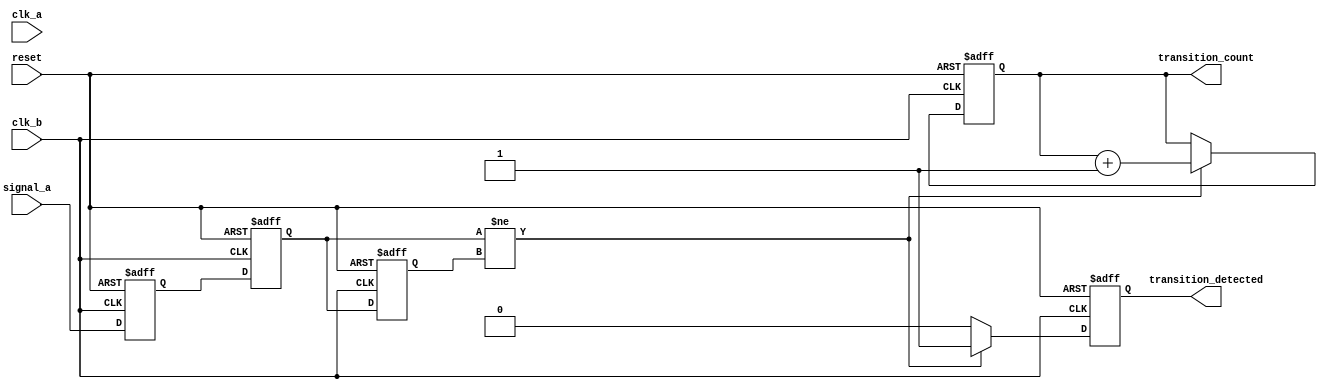
module cdc_detector (
    input wire signal_a,        // Signal from clock domain A
    input wire clk_a,          // Clock signal for domain A
    input wire clk_b,          // Clock signal for domain B
    input wire reset,          // Synchronous reset signal
    output reg transition_detected, // Output indicating a transition was detected
    output reg [31:0] transition_count // Counter for transitions
);

    // Registers to hold sampled values
    reg signal_a_sync_0; // First stage of synchronization
    reg signal_a_sync_1; // Second stage of synchronization
    reg signal_a_prev;   // Previous sampled value of signal_a

    // Synchronous reset and sampling on clk_b
    always @(posedge clk_b or posedge reset) begin
        if (reset) begin
            signal_a_sync_0 <= 1'b0;
            signal_a_sync_1 <= 1'b0;
            signal_a_prev <= 1'b0;
            transition_detected <= 1'b0;
            transition_count <= 32'b0;
        end else begin
            // Synchronize signal_a to clk_b
            signal_a_sync_0 <= signal_a;
            signal_a_sync_1 <= signal_a_sync_0;

            // Detect transition
            if (signal_a_sync_1 != signal_a_prev) begin
                transition_detected <= 1'b1; // Transition detected
                transition_count <= transition_count + 1; // Increment counter
            end else begin
                transition_detected <= 1'b0; // No transition
            end

            // Update previous sampled value
            signal_a_prev <= signal_a_sync_1;
        end
    end

endmodule